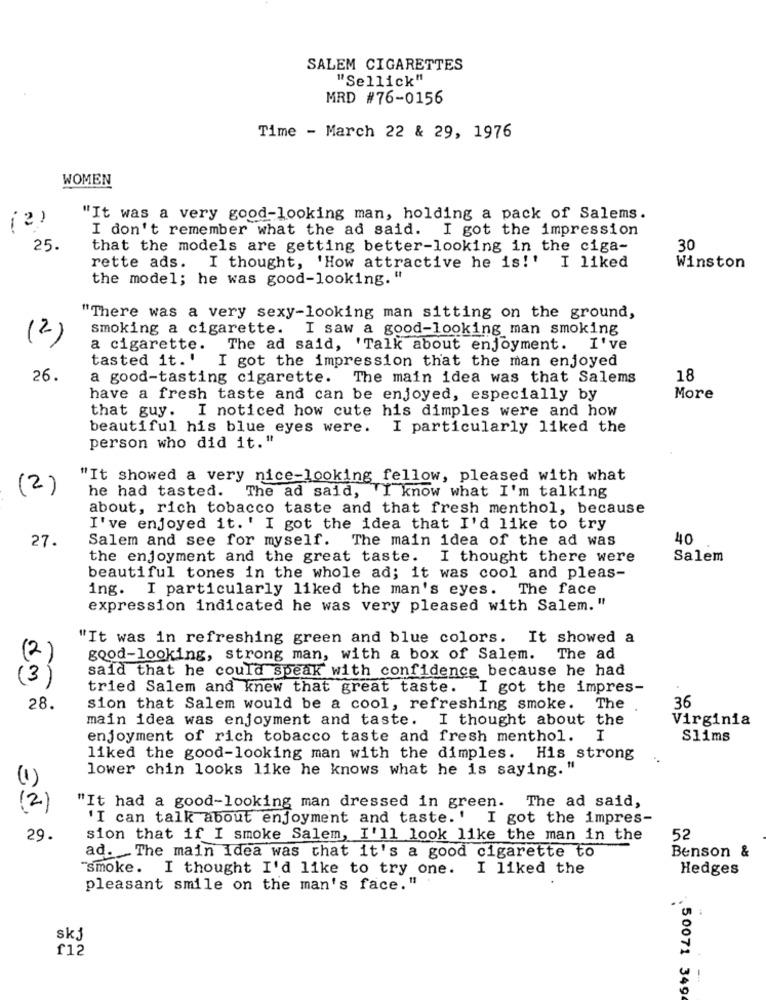
SALEM CIGARETTES
"Sellick"
MRD #76-0156
Time - March 22 & 29, 1976
WOMEN
(2)
"It was a very good-looking man, holding a pack of Salems.
I don't remember what the ad said. I got the impression
25.
that the models are getting better-looking in the ciga-
30
rette ads. I thought, 'How attractive he is!' I liked
Winston
the model; he was good-looking."
"There was a very sexy-looking man sitting on the ground,
smoking a cigarette. I saw a good-looking man smoking
(2)
a cigarette. The ad said, 'Talk about enjoyment. I've
tasted it. '
I got the impression that the man enjoyed
26.
a good-tasting cigarette. The main idea was that Salems
18
have a fresh taste and can be enjoyed, especially by
More
that guy. I noticed how cute his dimples were and how
beautiful his blue eyes were. I particularly liked the
person who did it."
"It showed a very nice-looking fellow, pleased with what
(2)
he had tasted. The ad said, "I know what I'm talking
about, rich tobacco taste and that fresh menthol, because
I've enjoyed it. ' I got the idea that I'd like to try
27.
Salem and see for myself. The main idea of the ad was
40
the enjoyment and the great taste. I thought there were
Salem
beautiful tones in the whole ad; it was cool and pleas-
ing. I particularly liked the man's eyes. The face
expression indicated he was very pleased with Salem."
"It was in refreshing green and blue colors. It showed a
(2)
good-looking, strong man, with a box of Salem. The ad
(3)
said that he could speak with confidence because he had
tried Salem and knew that great taste. I got the impres-
28.
sion that Salem would be a cool, refreshing smoke.
The
36
main idea was enjoyment and taste. I thought about the
Virginia
enjoyment of rich tobacco taste and fresh menthol. I
Slims
liked the good-looking man with the dimples. His strong
lower chin looks like he knows what he is saying. "
(1)
(2)
"It had a good-looking man dressed in green. The ad said,
'I can talk about enjoyment and taste.' I got the impres-
29.
sion that if I smoke Salem, I'll look like the man in the
52
ad. The main Idea was that it's a good cigarette to
Benson &
"smoke. I thought I'd like to try one.
I liked the
Hedges
pleasant smile on the man's face."
skj
f12
. 50071 349